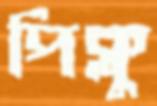
পিক্লু